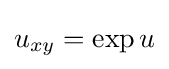
u_{xy}=\exp u\,\!